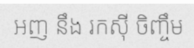
អញ នឹង រកស៊ី ចិញ្ចឹម